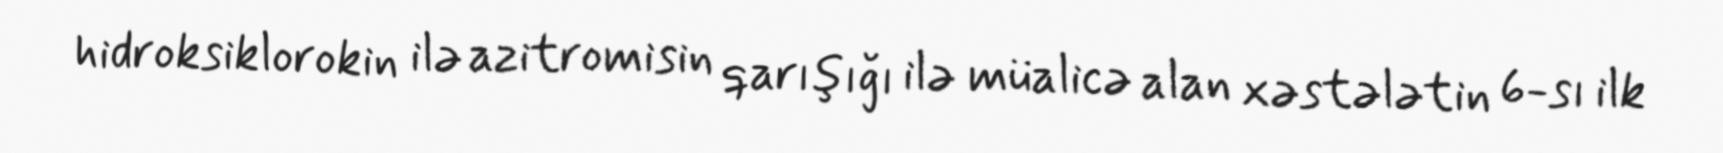
hidroksiklorokin ilə azitromisin qarışığı ilə müalicə alan xəstələtin 6-sı ilk